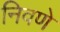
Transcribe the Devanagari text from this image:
निवणे